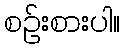
စဉ်းစားပါ။